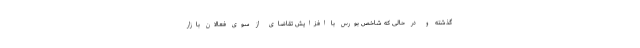
گذشته و در حالی که شاخص بورس با افزایش تقاضای از سوی فعالان بازار